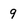
Character: 9